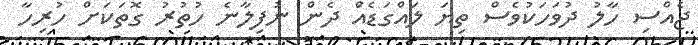
ޖެއްސި ހާލު ދުވަހަކުވެސް ތިޔަ ލައްގަޑެއްަ ދެން ނުފިލާނެ ހުތުރު ގޮތަކަށް ހުރިހާ